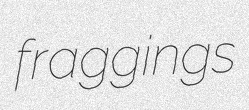
fraggings